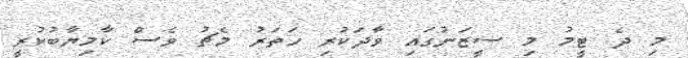
މި ދެ ޓީމު މި ސީޒަނުގައި ވާދަކުރި ހަތަރު މެޗު ވެސް ކާމިޔާބުކުރީ